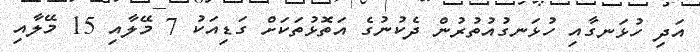
އަދި ހުޅަނގާއި ހުޅަނގުއުތުރުން ދެކުނުގެ އަތޮޅުތަކަށް ގަޑިއަކު 7 މޭލާއި 15 މޭލާއި